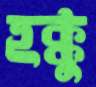
হক্কু